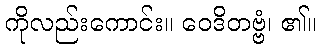
ကိုလည်းကောင်း။ ဝေဒိတဗ္ဗံ၊ ၏။